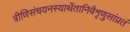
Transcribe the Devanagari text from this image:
त्रीणिसंचयनस्यार्थेतानिवैशृणुसांप्रतं